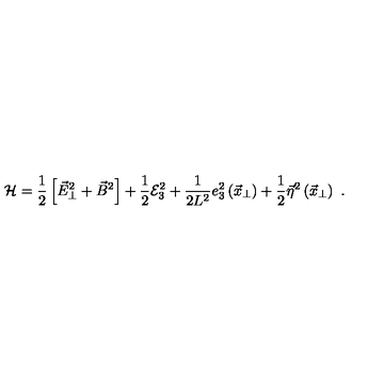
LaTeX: { \cal H } = \frac { 1 } { 2 } \left[ \vec { E } _ { \bot } ^ { 2 } + \vec { B } ^ { 2 } \right] + \frac { 1 } { 2 } { \cal E } _ { 3 } ^ { 2 } + \frac { 1 } { 2 L ^ { 2 } } e _ { 3 } ^ { 2 } \left( \vec { x } _ { \perp } \right) + \frac { 1 } { 2 } \vec { \eta } ^ { 2 } \left( \vec { x } _ { \perp } \right) \ .